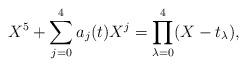
LaTeX: \begin{align*}X^5+\sum_{j=0}^4a_j(t)X^j=\prod\limits_{\lambda=0}^4 (X-t_\lambda), \end{align*}